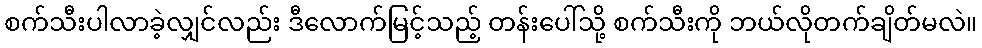
စက်သီးပါလာခဲ့လျှင်လည်း ဒီလောက်မြင့်သည့် တန်းပေါ်သို့ စက်သီးကို ဘယ်လိုတက်ချိတ်မလဲ။